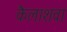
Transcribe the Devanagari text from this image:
कैलाशवा